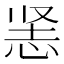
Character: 𰑡